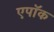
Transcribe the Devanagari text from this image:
एपॉक